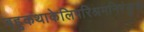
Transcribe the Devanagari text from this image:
बहुकथाकेलिपरिश्रमनिरंकुश